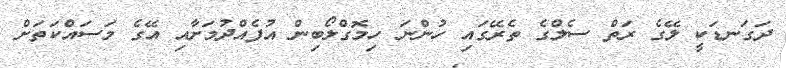
ދަގަނޑަކީ ލޭގެ ރަތް ސެލްގެ ތެރޭގައި ހުންނަ ހިމޮގްލޯބިން އުފެއްދުމަށާއި އޭގެ މަސައްކަތަށް